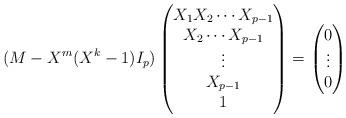
LaTeX: \begin{align*}(M-X^m(X^k-1)I_p) \begin{pmatrix}X_1X_2\cdots X_{p-1}\\ X_2\cdots X_{p-1}\\ \vdots\\X_{p-1}\\1\end{pmatrix}=\begin{pmatrix}0\\ \vdots\\0\end{pmatrix}\end{align*}